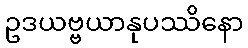
ဥဒယဗ္ဗယာနုပဿိနော